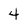
Character: 4